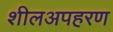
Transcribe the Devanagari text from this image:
शीलअपहरण